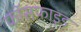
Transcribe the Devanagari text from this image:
फॉसफाइड